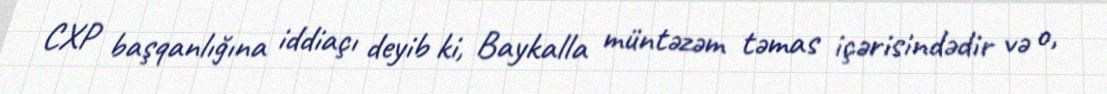
CXP başqanlığına iddiaçı deyib ki, Baykalla müntəzəm təmas içərisindədir və o,